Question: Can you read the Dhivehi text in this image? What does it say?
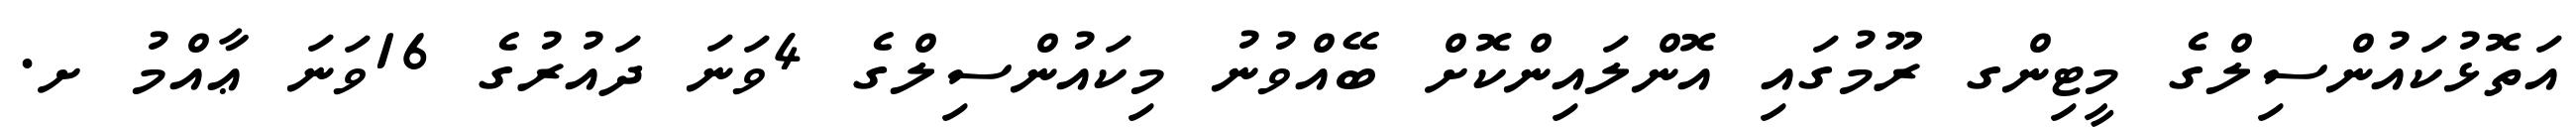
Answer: އަތޮޅުކައުންސިލްގެ މީޓިންގ ރޫމުގައި އޮންލައިންކޮށް ބޭއްވުނު މިކައުންސިލްގެ 4ވަނަ ދައުރުގެ 16ވަނަ ޢާއްމު ށ.